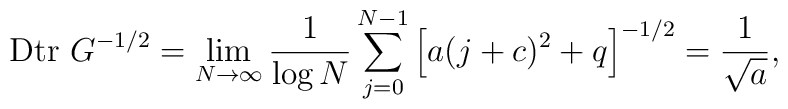
\mbox{Dtr}\ G^{-1/2} = \lim_{N\rightarrow \infty}\frac{1}{\log N} \sum_{j=0}^{N-1}\left[ a(j+c)^2+q\right]^{-1/2} = \frac{1}{\sqrt{a}},